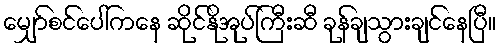
မျှော်စင်ပေါ်ကနေ ဆိုင်နိုအုပ်ကြီးဆီ ခုန်ချသွားချင်နေပြီ။